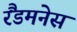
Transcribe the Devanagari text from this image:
रैंडमनेस